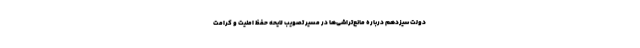
دولت سیزدهم درباره مانع‌تراشی‌ها در مسیر تصویب لایحه حفظ امنیت و کرامت